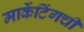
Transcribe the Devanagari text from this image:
मार्केटिंगची